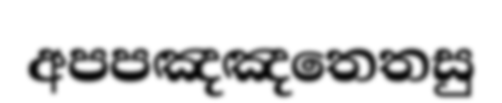
අපපඤඤතෙතසු